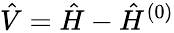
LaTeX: \hat{V}=\hat{H}-\hat{H}^{(0)}